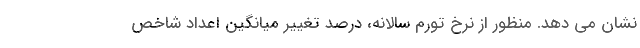
نشان می دهد. منظور از نرخ تورم سالانه، درصد تغییر میانگین اعداد شاخص